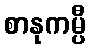
စာနုကမ္ပီ